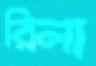
রিলা